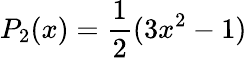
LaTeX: P_{2}(x)=\frac{1}{2}(3x^{2}-1)